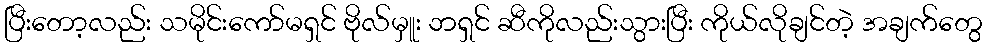
ပြီးတော့လည်း သမိုင်းကော်မရှင် ဗိုလ်မှူး ဘရှင် ဆီကိုလည်းသွားပြီး ကိုယ်လိုချင်တဲ့ အချက်တွေ